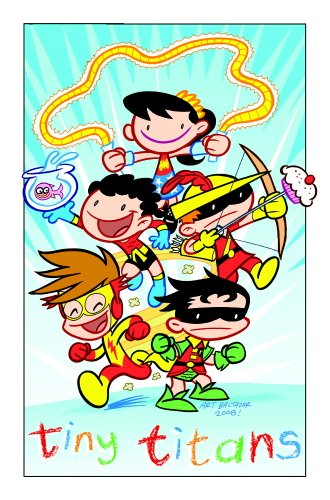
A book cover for Tiny Titans vol. 2: Adventures in Awesomeness; Art Baltazar; Children's Books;